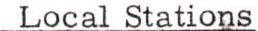
 Local Stations